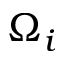
\Omega _ { i }